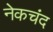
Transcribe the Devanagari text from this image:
नेकचंद